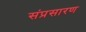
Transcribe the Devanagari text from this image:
संप्रसारण